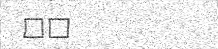
٩٩